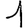
Digit: 1